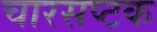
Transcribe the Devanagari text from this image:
चारसप्टक